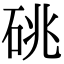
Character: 䂪